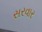
સરવાર